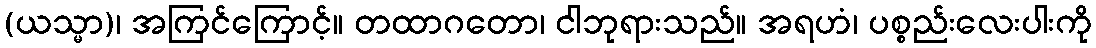
(ယသ္မာ)၊ အကြင်ကြောင့်။ တထာဂတော၊ ငါဘုရားသည်။ အရဟံ၊ ပစ္စည်းလေးပါးကို